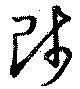
師